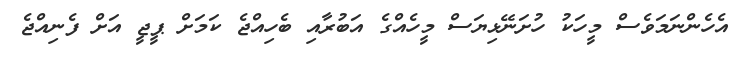
އެހެންނަމަވެސް މީހަކު ހުށަނޭޅިޔަސް މީހެއްގެ އަބުރާއި ބެހިއްޖެ ކަމަށް ޕީޖީ އަށް ފެނިއްޖެ